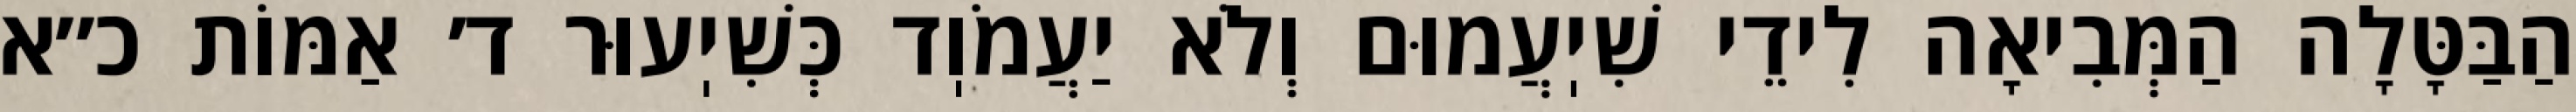
הַבַּטָּלָה הַמְּבִיאָה לִידֵי שִׁיֽעֲמוּם וְלֹא יַעֲמֹוֽד כְּשִׁיֽעוּר ד׳ אַמּוֹת כ״א